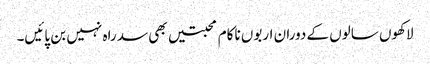
لاکھوں سالوں کے دوران اربوں ناکام محبتیں بھی سد راہ نہیں بن پائیں۔